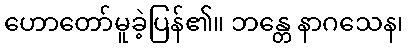
ဟောတော်မူခဲ့ပြန်၏။ ဘန္တေ နာဂသေန၊